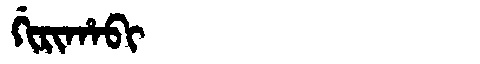
Manchu: ᡤᡳᡵᡳᡥᠠᠪᡳ
Romanization: GIRIHABI